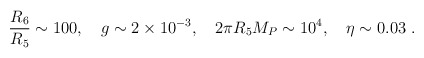
\begin{align*}\frac{R_6}{R_5} \sim 100, \quad g \sim 2\times 10^{-3},\quad 2 \pi R_5M_P \sim 10^4, \quad \eta \sim 0.03 \;.\end{align*}